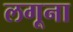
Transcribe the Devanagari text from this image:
लगूना